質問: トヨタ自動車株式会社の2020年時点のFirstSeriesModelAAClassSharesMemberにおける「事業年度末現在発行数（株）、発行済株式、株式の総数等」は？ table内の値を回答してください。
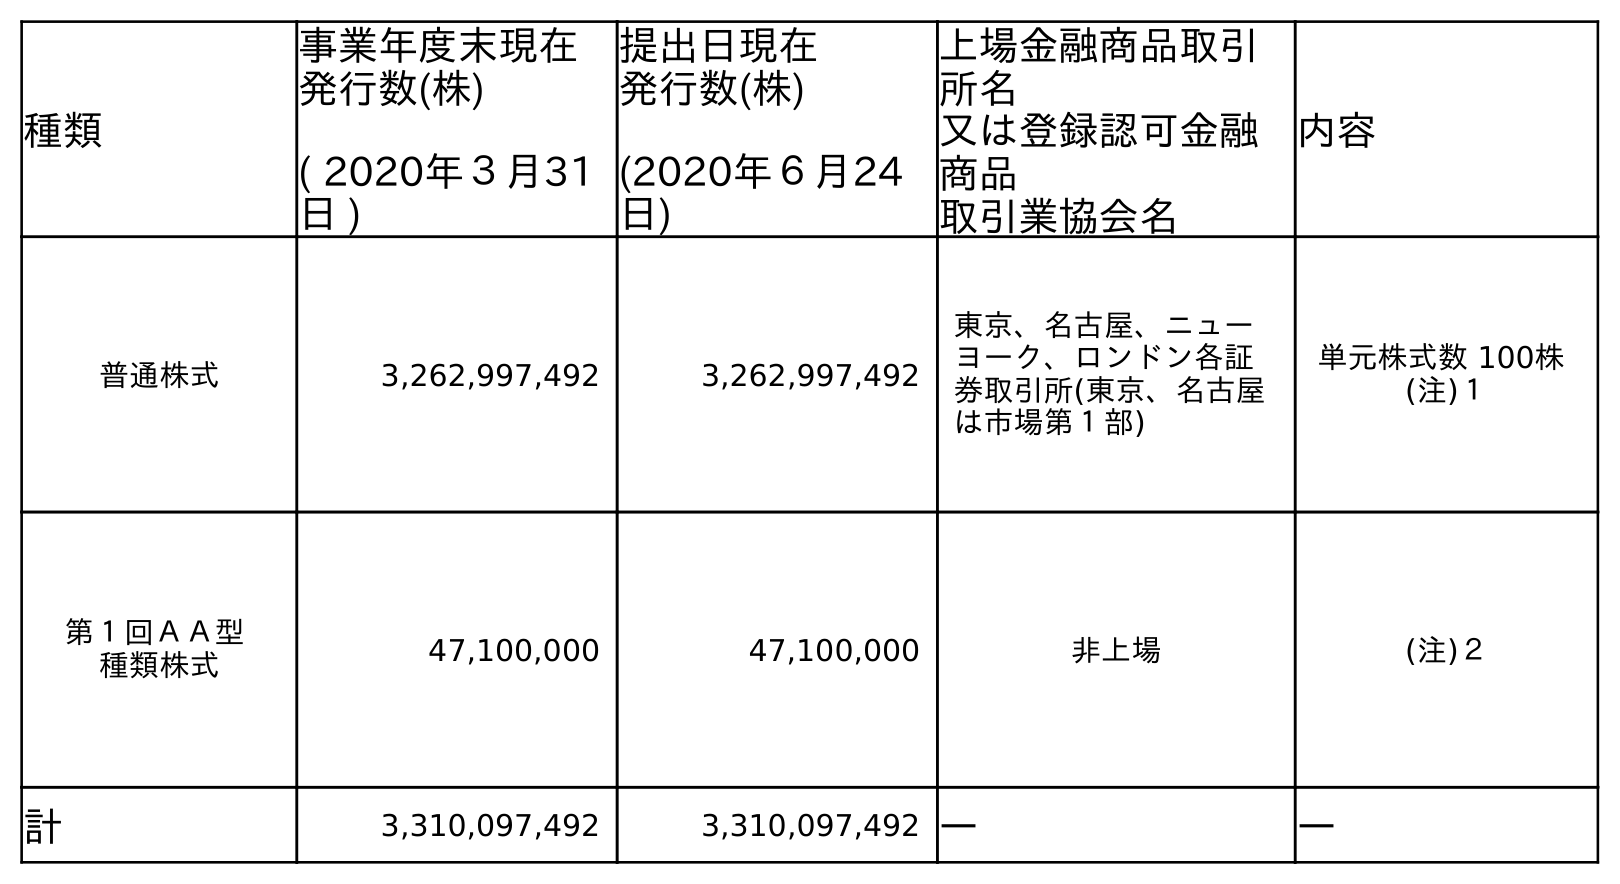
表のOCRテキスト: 種類 事業年度末現在 発行数(株) ( 2020年３月31 日 ) 提出日現在 発行数(株) (2020年６月24 日) 上場金融商品取引 所名 又は登録認可金融 商品 取引業協会名 内容 普通株式 3,262,997,492 3,262,997,492 東京、名古屋、ニュー ヨーク、ロンドン各証 券取引所(東京、名古屋 は市場第１部) 単元株式数 100株 (注)１ 第１回ＡＡ型 種類株式 47,100,000 47,100,000 非上場 (注)２ 計 3,310,097,492 3,310,097,492 ― ―
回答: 47,100,000